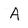
Character: A